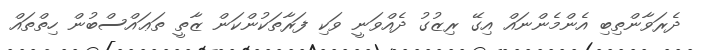
ދެރަވާންތިބި އެންމެންނައް އިގޭ ރިޒުގު ދެއްވަނީ ވަކި ފަރާތަކުންކަން ޒާތީ ތަޢައްސްބުން ހިތްތައް